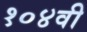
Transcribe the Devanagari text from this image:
१०४वी